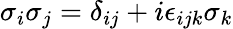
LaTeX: \sigma_{i}\sigma_{j}=\delta_{ij}+i\epsilon_{ijk}\sigma_{k}